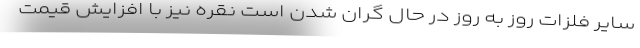
سایر فلزات روز به روز در حال گران شدن است نقره نیز با افزایش قیمت